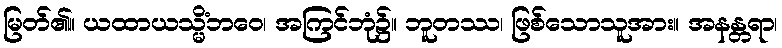
မြတ်၏။ ယထာယသ္မိံဘဝေ၊ အကြင်ဘုံ၌။ ဘူတဿ၊ ဖြစ်သောသူအား။ အနန္တရာ၊